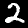
Label: 2